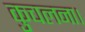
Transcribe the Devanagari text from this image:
कुचलना।